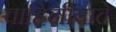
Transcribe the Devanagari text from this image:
वाहिनीवाटे